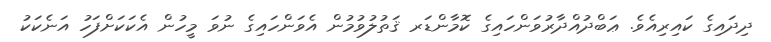
ދިދައިގެ ކައިރިއެވެ. ޢަބްދުއްދާރުވަންހައިގެ ކޮމާންޑަރ ޤަތުލުވުމުން އެވަންހައިގެ ނުވަ މީހުން އެކަކަށްފަހު އަނެކަކު